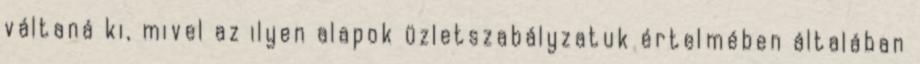
váltaná ki, mivel az ilyen alapok üzletszabályzatuk értelmében általában